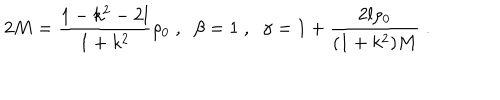
2 M = \frac { 1 - k ^ { 2 } - 2 l } { 1 + k ^ { 2 } } \rho _ { 0 } \; , \; \; \beta = 1 \; , \; \; \gamma = 1 + \frac { 2 l \rho _ { 0 } } { ( 1 + k ^ { 2 } ) M } \; .